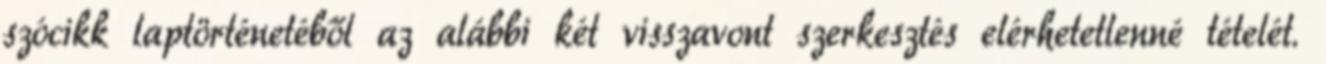
szócikk laptörténetéből az alábbi két visszavont szerkesztés elérhetetlenné tételét.